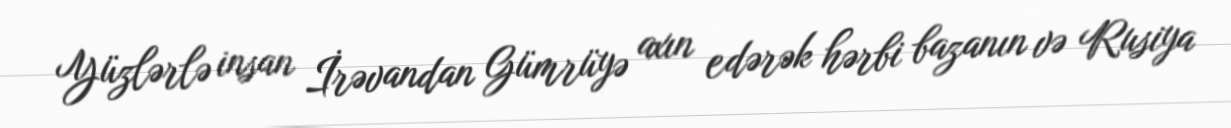
Yüzlərlə insan İrəvandan Gümrüyə axın edərək hərbi bazanın və Rusiya